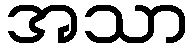
အသာ